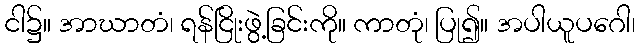
ငါ၌။ အာဃာတံ၊ ရန်ငြိုးဖွဲ့ခြင်းကို။ ကာတုံ၊ ပြု၍။ အပါယူပဂေါ၊